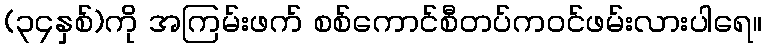
(၃၄နှစ်)ကို အကြမ်းဖက် စစ်ကောင်စီတပ်ကဝင်ဖမ်းလားပါရေ။